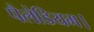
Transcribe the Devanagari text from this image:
पैलेडियम।